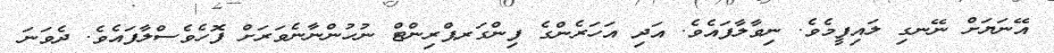
އޭނަޔަށް ނޭނގި ލައިފީމެވެ. ނިވާލާފައެވެ. އަދި އަހަރެންގެ ފިންގަރޕްރިންޓް ނުހުންނާނެވަރަށް ފޮހެވެސްލާފައެވެ. ދެވަނަ